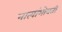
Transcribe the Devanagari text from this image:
नात्यांभोवती